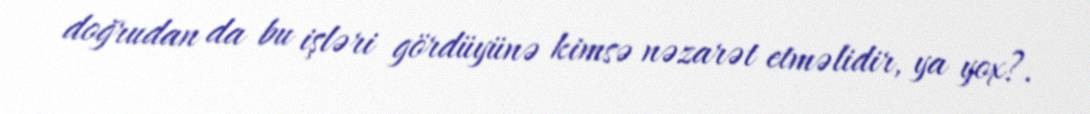
doğrudan da bu işləri gördüyünə kimsə nəzarət etməlidir, ya yox?.